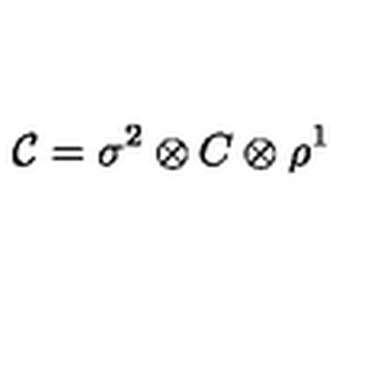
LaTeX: { \cal C } = \sigma ^ { 2 } \otimes C \otimes \rho ^ { 1 }